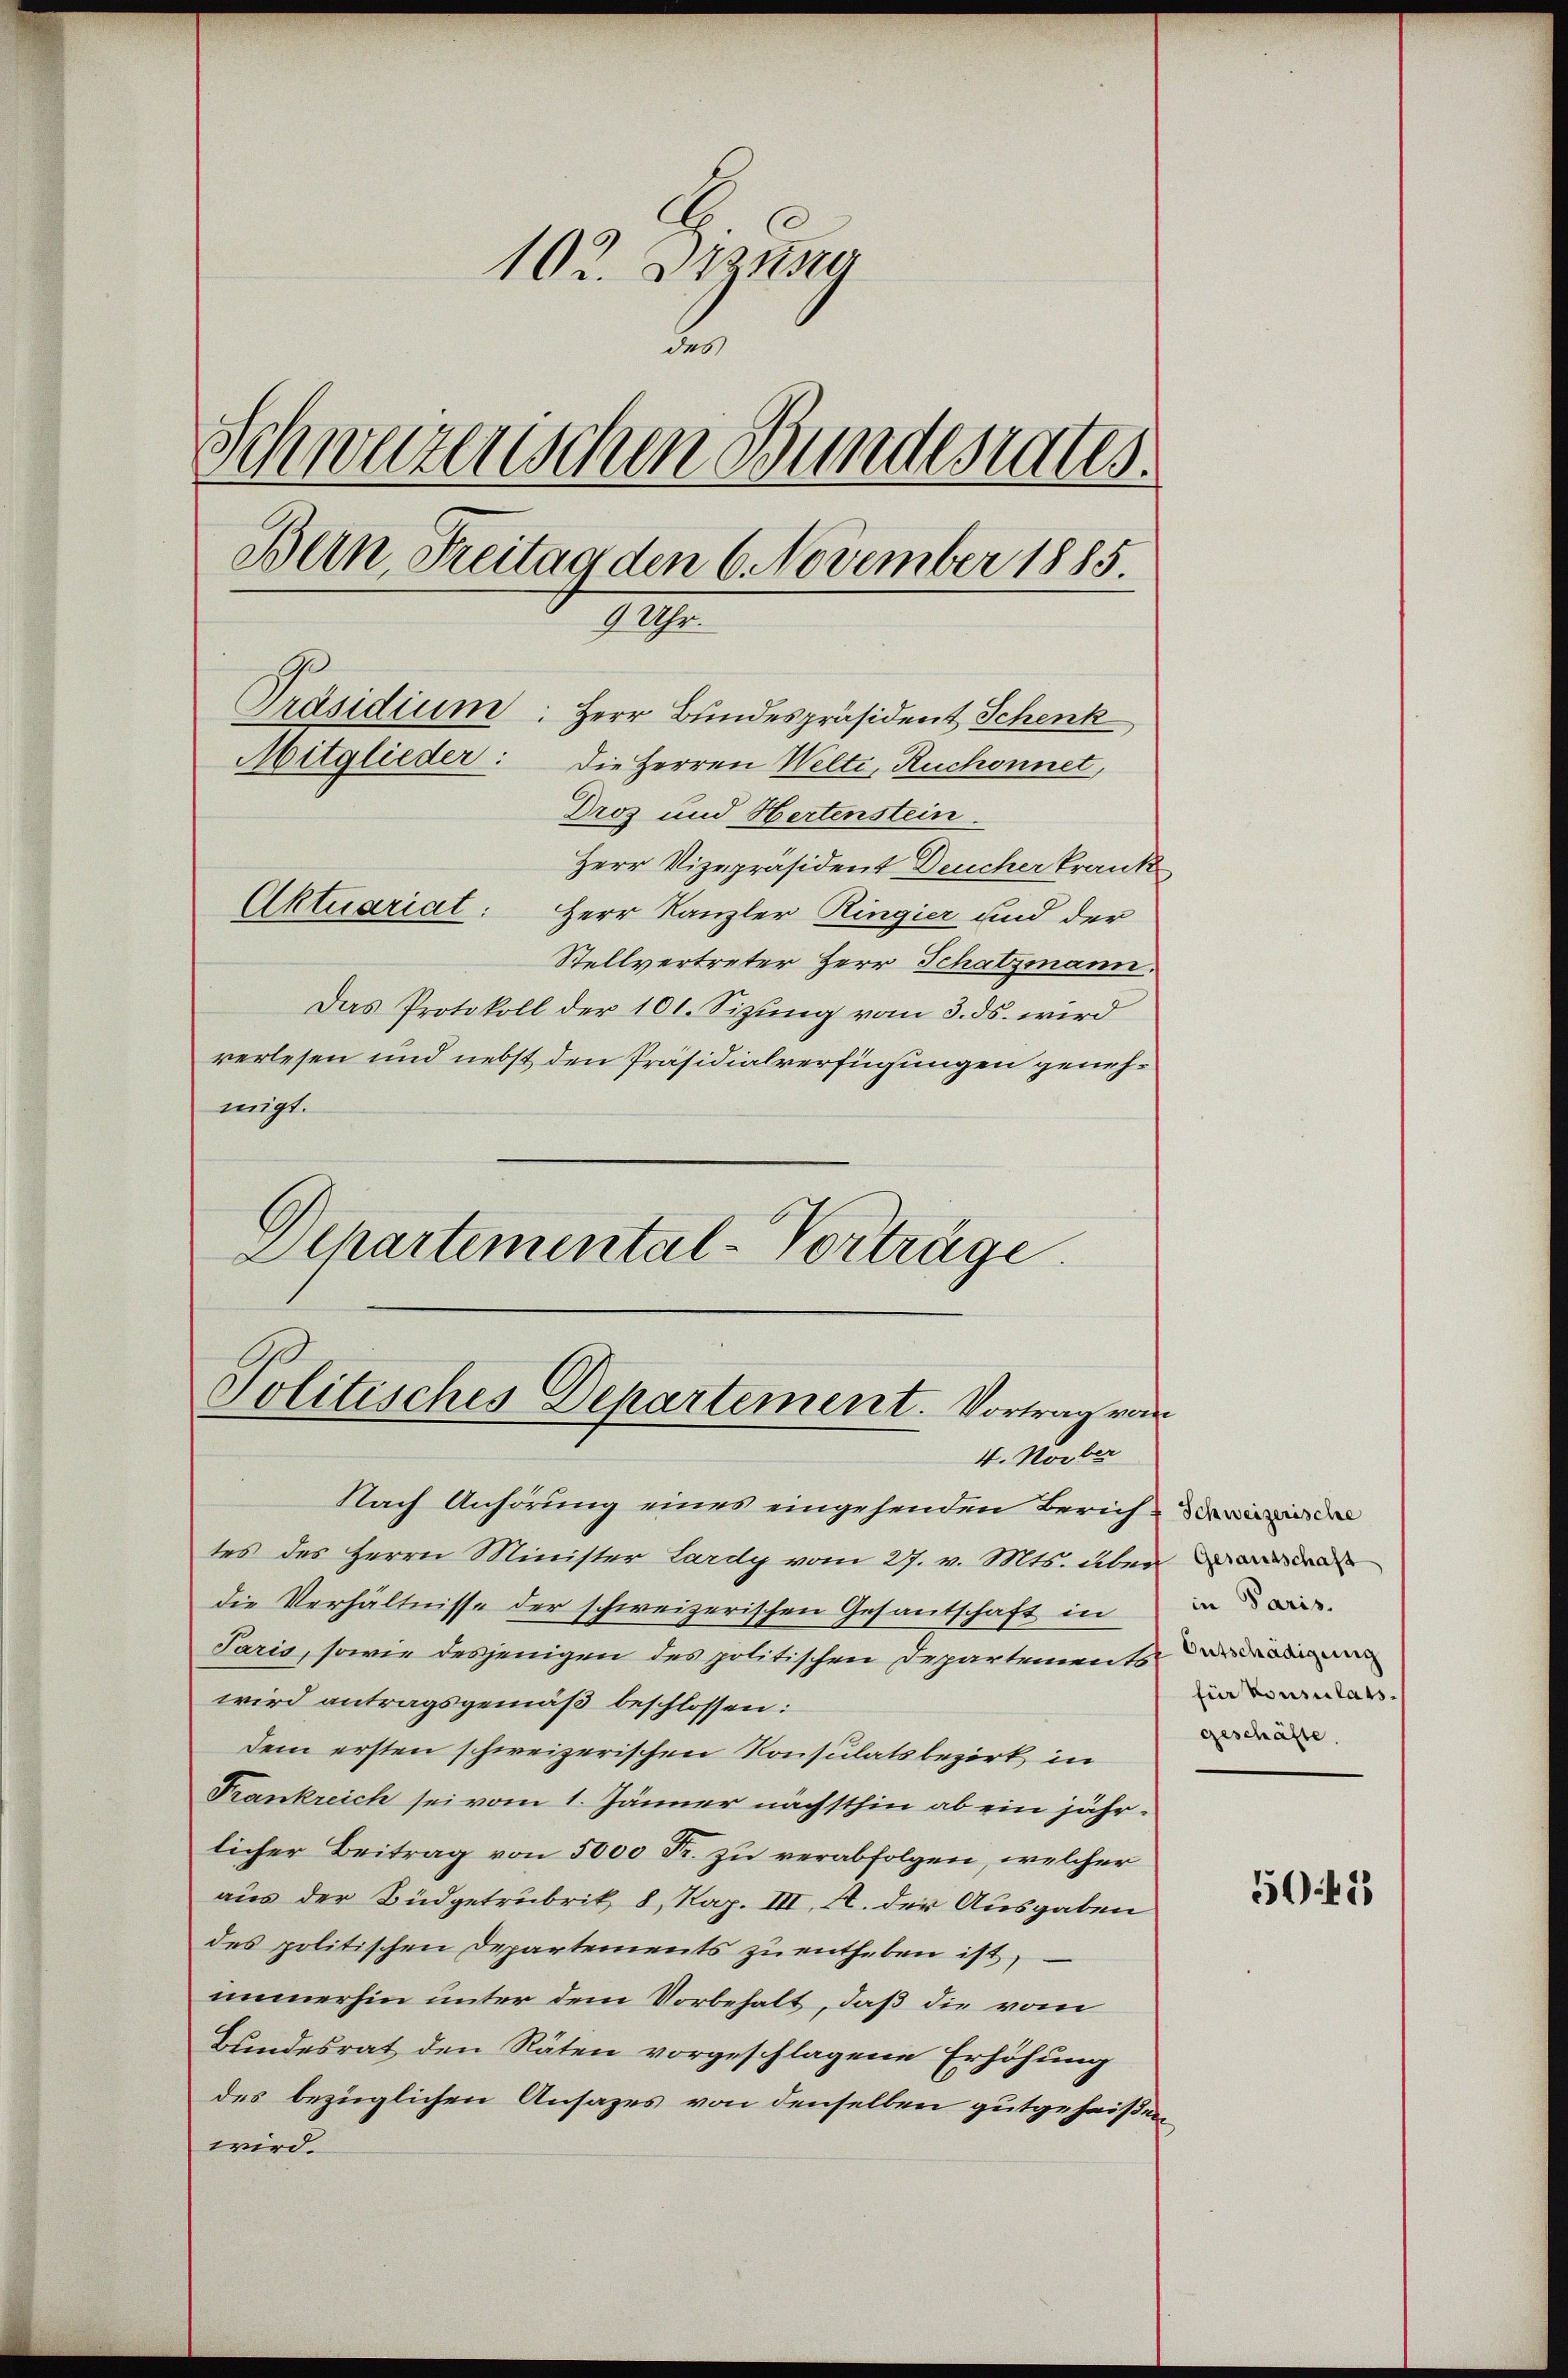
102. Dizume
des
Schweizerischen Bundesrates.
Bern, Freitag den 6. November 1885
9 Uhr.
1
Präsidium Herr Bundespräsident Schenk
Mitglieder: Die Herren Welti, Ruchonnet,
Dros und Hertenstein.
Herr Vizepräsident Deucher krank

Aktuariat: Herr Kanzler Ringier und der
Stellvertreter Herr Schatzmann.
Das Protokoll der 101. Sizung vom 3. ds. wird
verlesen und nebst den Präsidialverfügungen genehmigt.
Departemental-Vorträge.

Politisches Departement. Vortrag vom
V. Novber

Nach Anhörung eines eingehenden Zürich der wiede
tes des Herrn Minister Lardy vom 27. v. Mts. über
die Verhältnisse der schweizerischen Gesantschaft in
Paris, sowie desjenigen des politischen Departements
wird antragsgemäß beschlossen:
dem ersten schweizerischen Konsulatsbezirk, in
Frankreich sei vom 1. Jänner nächsthin ab ein jährlicher Beitrag von 5000 Fr. zu verabfolgen, welcher
aus der Büdgetrubrik 8, Kap. III, 1. der Ausgaben
des politischen Departements zu entheben ist,
immerhin unter dem Vorbehalt, daß die vom
Bundesrat den Räten vorgeschlagene Erhöhung
des bezüglichen Ansazes von denselben gutgeheißen
wird.

Gesandschaft
in Paris.
Outschädigung
für konsulats.
geschäfte.

5048